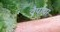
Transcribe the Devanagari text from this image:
वैपायर